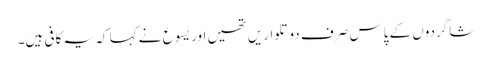
‏ شاگردوں کے پاس صرف دو تلواریں تھیں اور یسوع نے کہا کہ یہ کافی ہیں۔